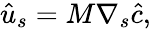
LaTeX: \hat{u}_{s}=M\nabla_{s}{\hat{c}},